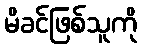
မိခင်ဖြစ်သူကို